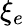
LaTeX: \xi_{e}